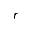
r